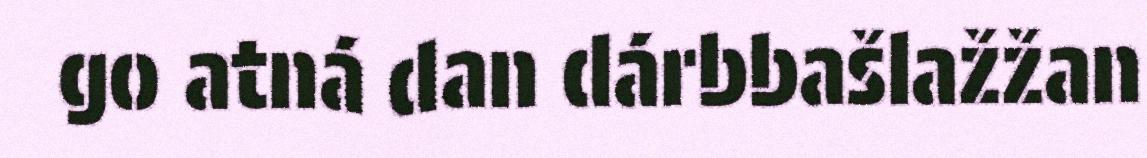
go atná dan dárbbašlažžan